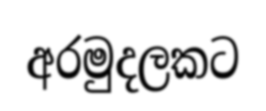
අරමුදලකට